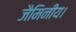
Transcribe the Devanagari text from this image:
जैमिनीय।